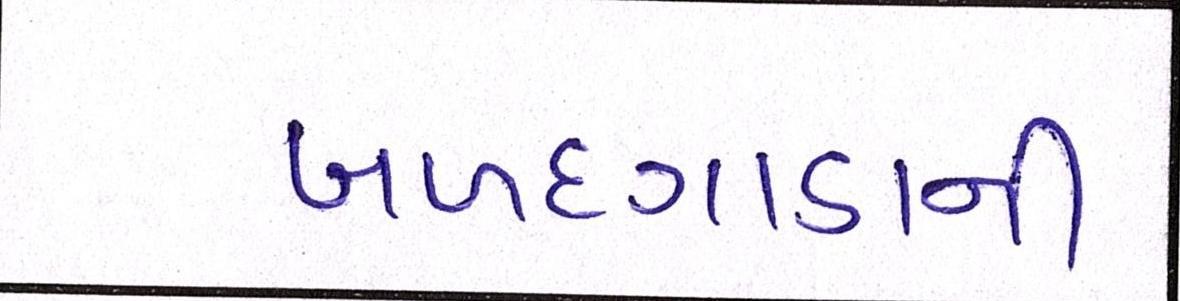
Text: બળદગાડાની